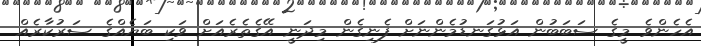
އެހެންވެ މީގެ ސަބަބުން އަޅުގަނޑުމެންނަށް ފެނިގެން މިދަނީ އޭގެތެރެއަށް ވަކި ބަޔެއްގެ ސަރުކާރެއް